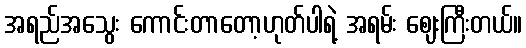
အရည်အသွေး ကောင်းတာတော့ဟုတ်ပါရဲ့ အရမ်း ဈေးကြီးတယ်။